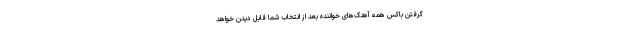
گرفتن باکس همه آهنگ‌های خواننده بعد از انتخاب شما قابل دیدن خواهد